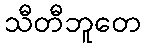
သီတီဘူတေ